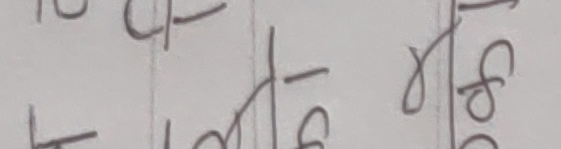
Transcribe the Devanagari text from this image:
- १०४/१८०